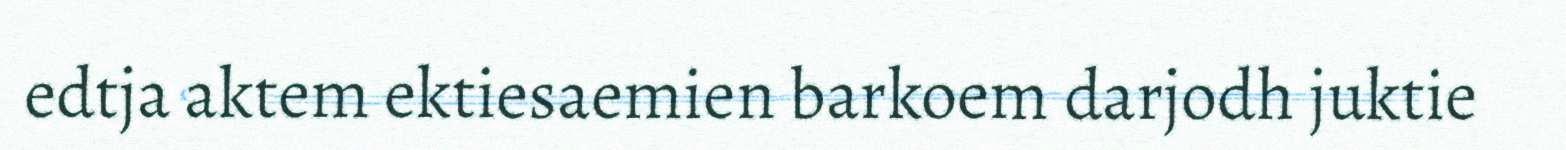
edtja aktem ektiesaemien barkoem darjodh juktie